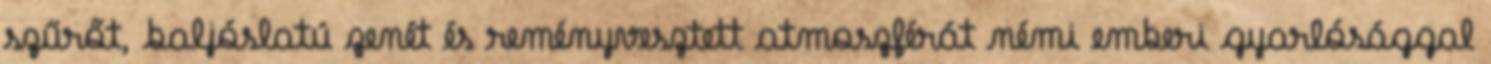
szűrőt, baljóslatú zenét és reményvesztett atmoszférát némi emberi gyarlósággal